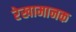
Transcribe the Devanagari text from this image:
रेखामानक